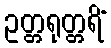
ဥတ္တရုတ္တရိံ